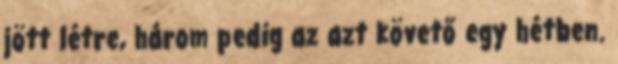
jött létre, három pedig az azt követő egy hétben.